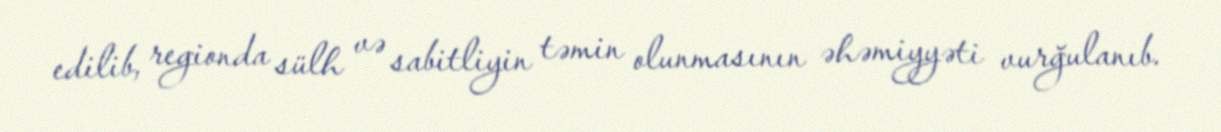
edilib, regionda sülh və sabitliyin təmin olunmasının əhəmiyyəti vurğulanıb.